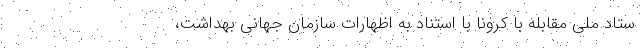
ستاد ملی مقابله با کرونا با استناد به اظهارات سازمان جهانی بهداشت،